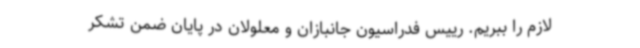
لازم را ببریم. رییس فدراسیون جانبازان و معلولان در پایان ضمن تشکر